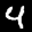
Label: 4